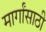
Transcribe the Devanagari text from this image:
मार्गांसाठी